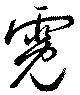
霓